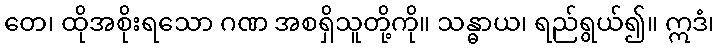
တေ၊ ထိုအစိုးရသော ဂဏ အစရှိသူတို့ကို။ သန္ဓာယ၊ ရည်ရွယ်၍။ ဣဒံ၊